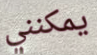
يمكنني